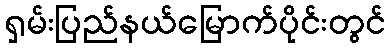
ရှမ်းပြည်နယ်မြောက်ပိုင်းတွင်